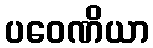
ပဝေဏိယာ